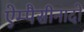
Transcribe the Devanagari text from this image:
ऐम्पैसीनादो